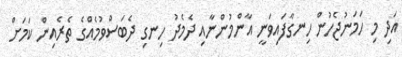
އަދި މި ހަމަނުޖެހުން ހިނގާފައިވަނީ އާންމުންނާއި ދެމެދު ހިނގި ދެބަސްވުމެއްގެ ތެރެއިން ކަމަށް